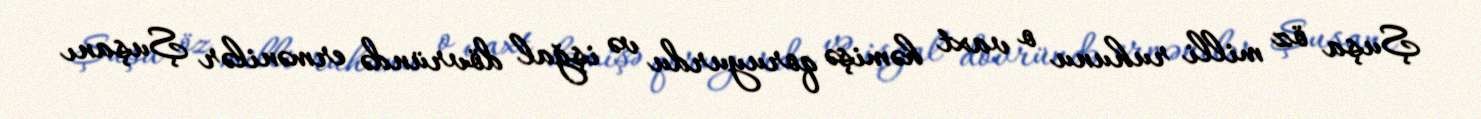
Şuşa öz milli ruhunu o vaxt həmişə qoruyurdu və işğal dövründə ermənilər Şuşanı